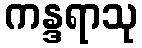
ကန္ဒရာသု